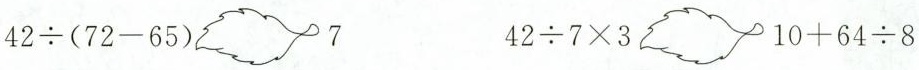
42÷(72-65) _________742÷7×3_________10+64÷8